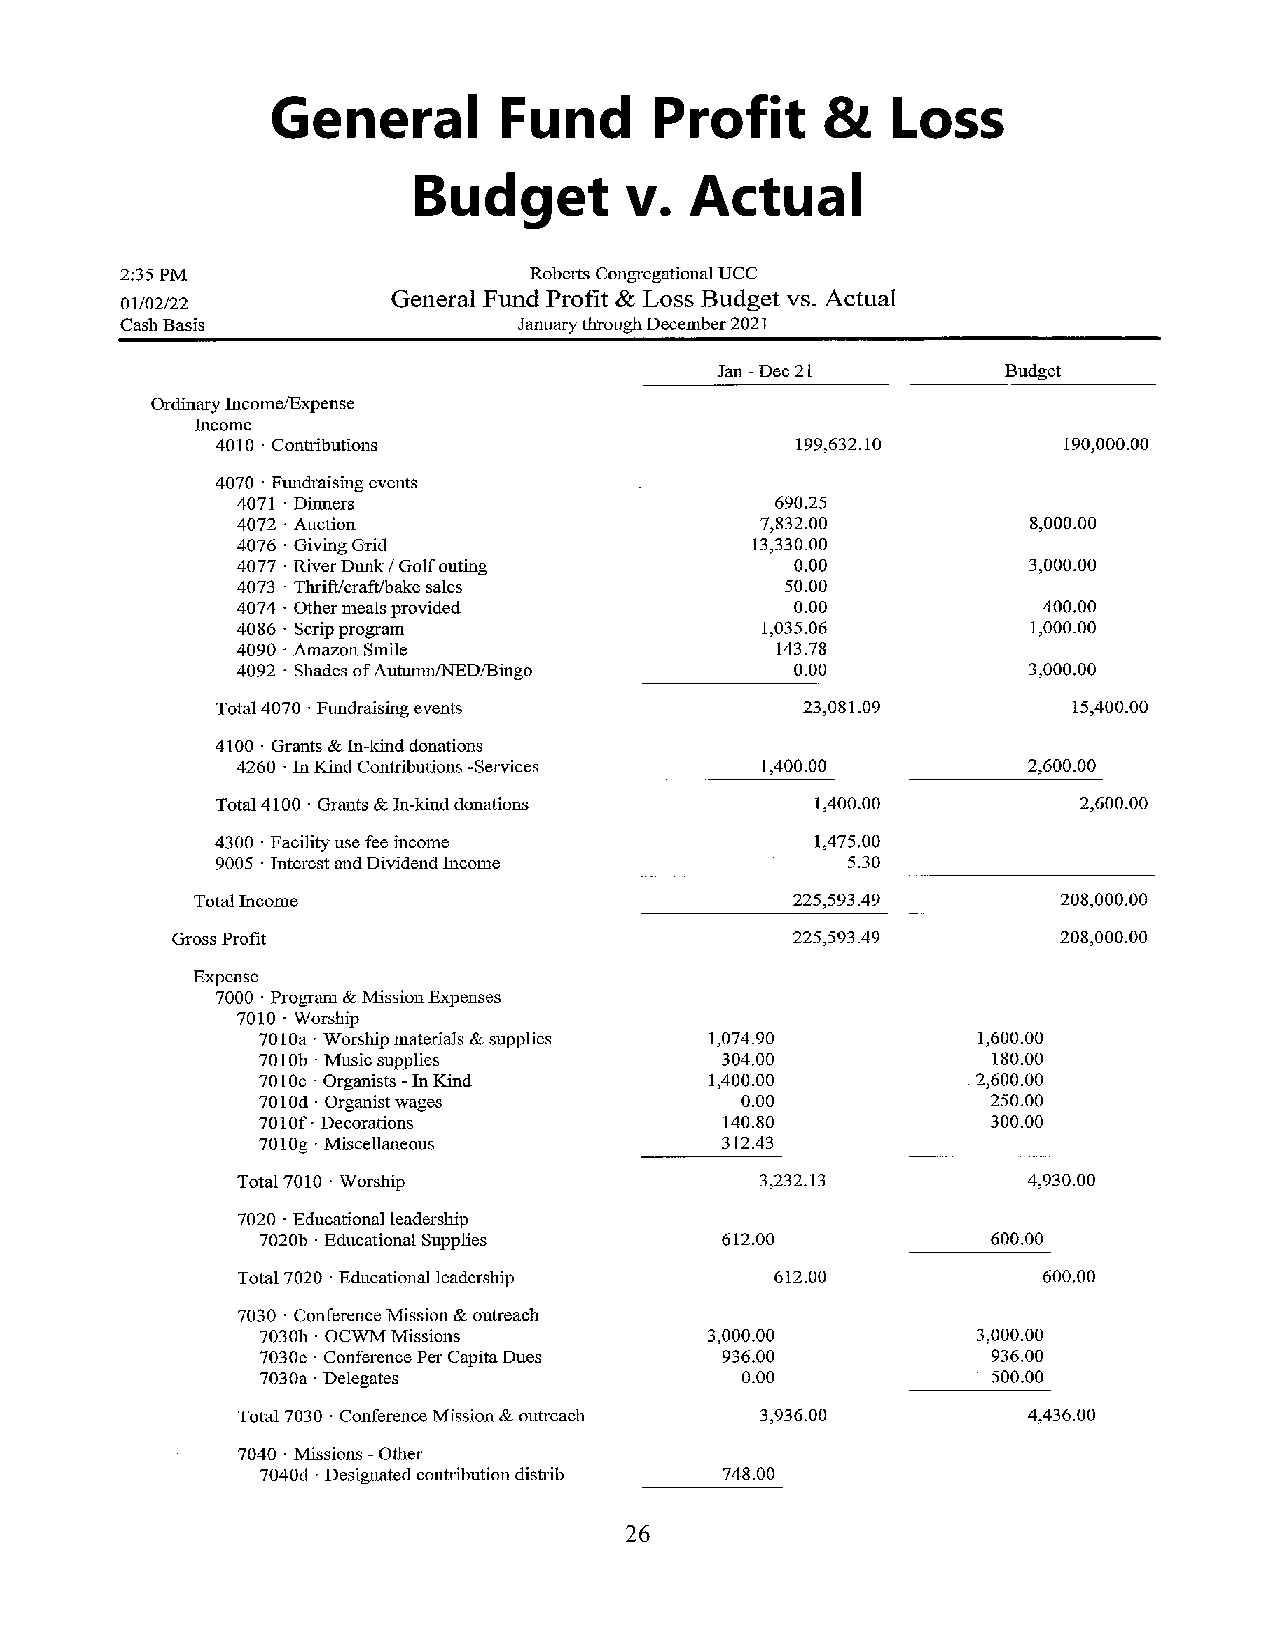
General        Fund      Profit     &    Loss
 Budget        v.   Actual
 26